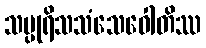
သပ္ပုရိသသံသေဝေါတိဿ